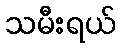
သမီးရယ်